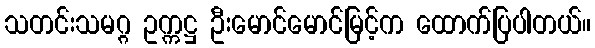
သတင်းသမဂ္ဂ ဥက္ကဋ္ဌ ဦးမောင်မောင်မြင့်က ထောက်ပြပါတယ်။